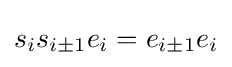
s_{i}s_{i\pm 1}e_{i}=e_{i\pm 1}e_{i}